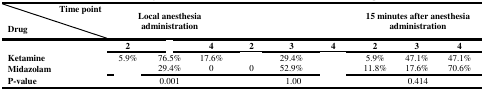
<table><thead><tr><td><b>Time point</b></td><td colspan="3" rowspan="3"><b>Local anesthesia administration</b></td><td colspan="3" rowspan="3">[EMPTY_CELL]</td><td colspan="3" rowspan="3"><b>15 minutes after anesthesia administration</b></td></tr><tr><td><b>Drug</b></td></tr><tr><td>[EMPTY_CELL]</td><td><b>2</b></td><td>[EMPTY_CELL]</td><td><b>4</b></td><td><b>2</b></td><td><b>3</b></td><td><b>4</b></td><td><b>2</b></td><td><b>3</b></td><td><b>4</b></td></tr></thead><tbody><tr><td><b>Ketamine</b></td><td>5.9%</td><td>76.5%</td><td>17.6%</td><td>[EMPTY_CELL]</td><td>29.4%</td><td>[EMPTY_CELL]</td><td>5.9%</td><td>47.1%</td><td>47.1%</td></tr><tr><td><b>Midazolam</b></td><td>[EMPTY_CELL]</td><td>29.4%</td><td>0</td><td>0</td><td>52.9%</td><td>[EMPTY_CELL]</td><td>11.8%</td><td>17.6%</td><td>70.6%</td></tr><tr><td><b>P-value</b></td><td colspan="3">0.001</td><td colspan="3">1.00</td><td colspan="3">0.414</td></tr></tbody></table>